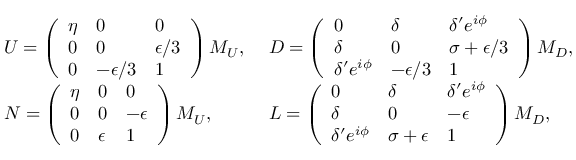
\begin{array} { l l } { { U = \left( \begin{array} { l l l } { { \eta } } & { { 0 } } & { { 0 } } \\ { { 0 } } & { { 0 } } & { { \epsilon / 3 } } \\ { { 0 } } & { { - \epsilon / 3 } } & { { 1 } } \end{array} \right) M _ { U } , \ } } & { { D = \left( \begin{array} { l l l } { { 0 } } & { { \delta } } & { { \delta ^ { \prime } e ^ { i \phi } } } \\ { { \delta } } & { { 0 } } & { { \sigma + \epsilon / 3 } } \\ { { \delta ^ { \prime } e ^ { i \phi } } } & { { - \epsilon / 3 } } & { { 1 } } \end{array} \right) M _ { D } , } } \\ { { N = \left( \begin{array} { l l l } { { \eta } } & { { 0 } } & { { 0 } } \\ { { 0 } } & { { 0 } } & { { - \epsilon } } \\ { { 0 } } & { { \epsilon } } & { { 1 } } \end{array} \right) M _ { U } , \ } } & { { L = \left( \begin{array} { l l l } { { 0 } } & { { \delta } } & { { \delta ^ { \prime } e ^ { i \phi } } } \\ { { \delta } } & { { 0 } } & { { - \epsilon } } \\ { { \delta ^ { \prime } e ^ { i \phi } } } & { { \sigma + \epsilon } } & { { 1 } } \end{array} \right) M _ { D } , } } \end{array}